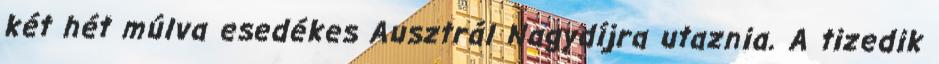
két hét múlva esedékes Ausztrál Nagydíjra utaznia. A tizedik